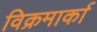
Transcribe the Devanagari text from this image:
विक्रमार्का